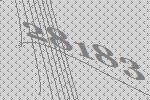
28183